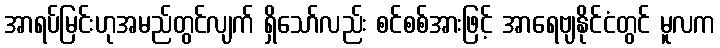
အာရပ်မြင်းဟုအမည်တွင်လျက် ရှိသော်လည်း စင်စစ်အားဖြင့် အာရေဗျနိုင်ငံတွင် မူလက